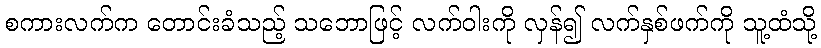
စကားလက်က တောင်းခံသည့် သဘောဖြင့် လက်ဝါးကို လှန်၍ လက်နှစ်ဖက်ကို သူ့ထံသို့